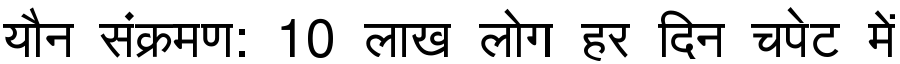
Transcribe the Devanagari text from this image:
यौन संक्रमण: 10 लाख लोग हर दिन चपेट में